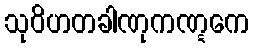
သုဝိဟတခါဏုကဏ္ဋကေ